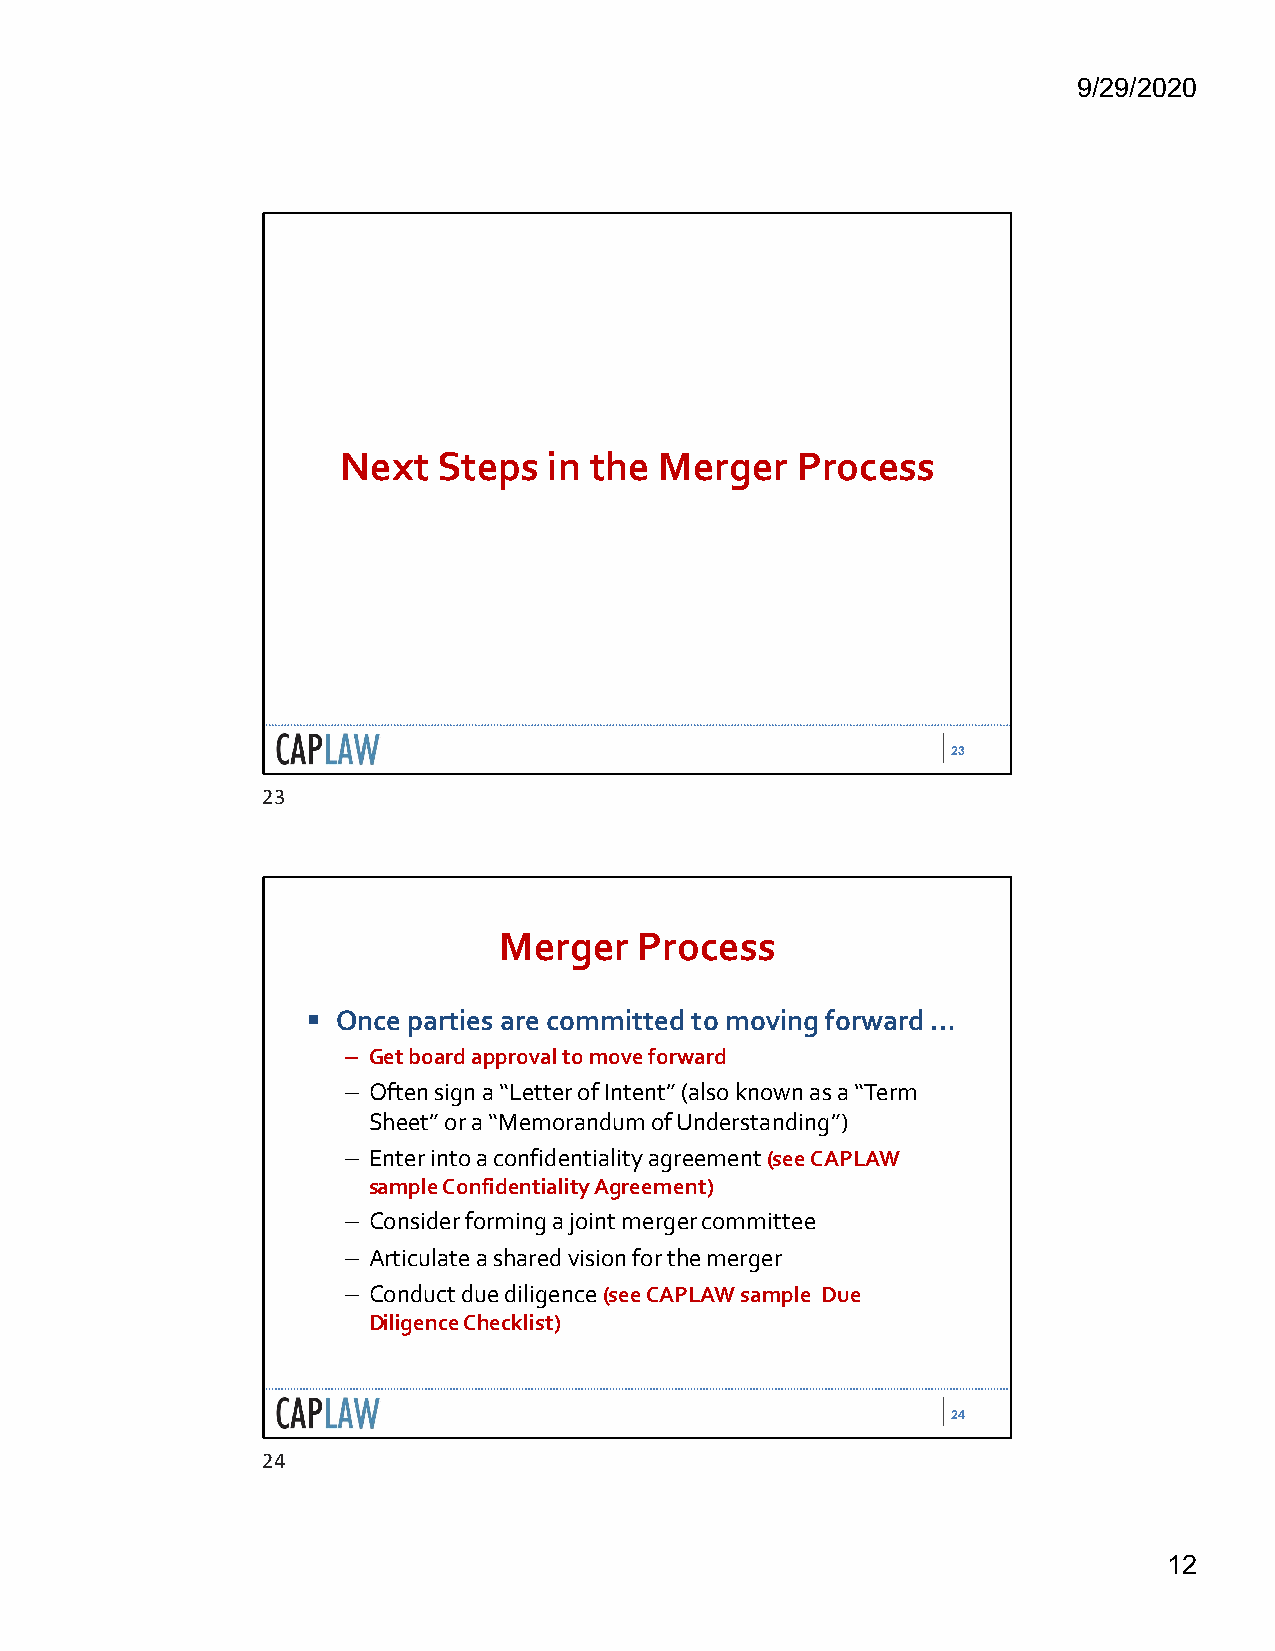
9/29/2020
 Next  Steps  in the  Merger   Process
 23
 23
 Merger   Process
  Once parties are committed to moving forward …
 – Get board approval to move forward
 – Often sign a “Letter of Intent” (also known as a “Term
 Sheet” or a “Memorandum of Understanding”)
 – Enter into a confidentiality agreement (see CAPLAW
 sample Confidentiality Agreement)
 – Consider forming a joint merger committee
 – Articulate a shared vision for the merger
 – Conduct due diligence (see CAPLAW sample Due
 Diligence Checklist)
 24
 24
 12